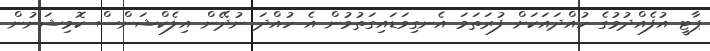
ޕާޓީ އުފެއްދުމުގެ ހުއްދައަކަށް ފުރަތަމަ އެނގިވަޑައިގަތުމުން އެ ހުއްދަ ނުދޭން އިލެކްޝަންސް ކޮމިޝަނުން